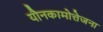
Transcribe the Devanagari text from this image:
यौनकामोत्तेजना